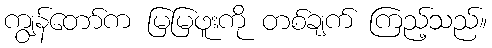
ကျွန်တော်က မြမြဖူးကို တစ်ချက် ကြည့်သည်။